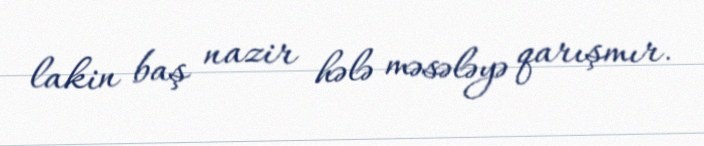
lakin baş nazir hələ məsələyə qarışmır.